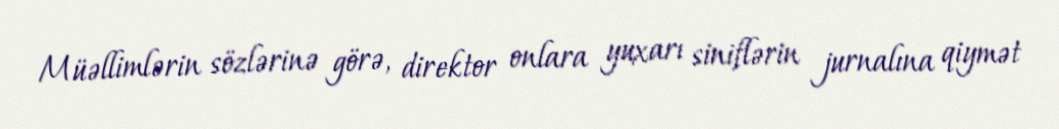
Müəllimlərin sözlərinə görə, direktor onlara yuxarı siniflərin jurnalına qiymət